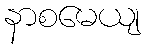
နာစမေယျ